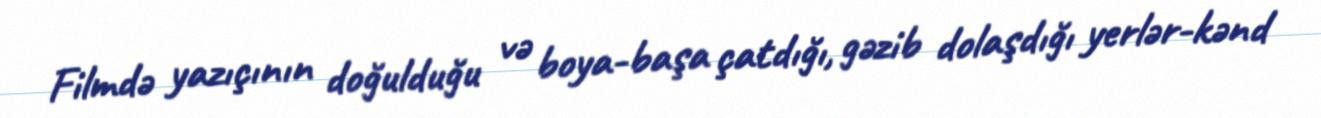
Filmdə yazıçının doğulduğu və boya-başa çatdığı, gəzib dolaşdığı yerlər-kənd